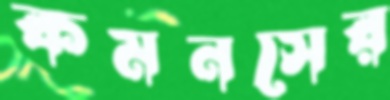
কমনসের